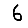
Digit: 6